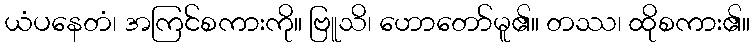
ယံပနေတံ၊ အကြင်စကားကို။ ဗြူသိ၊ ဟောတော်မူ၏။ တဿ၊ ထိုစကား၏။